Vaccination North-Western Provinces and Oudh 1878-1895 - 1878-1895
Year: 1878
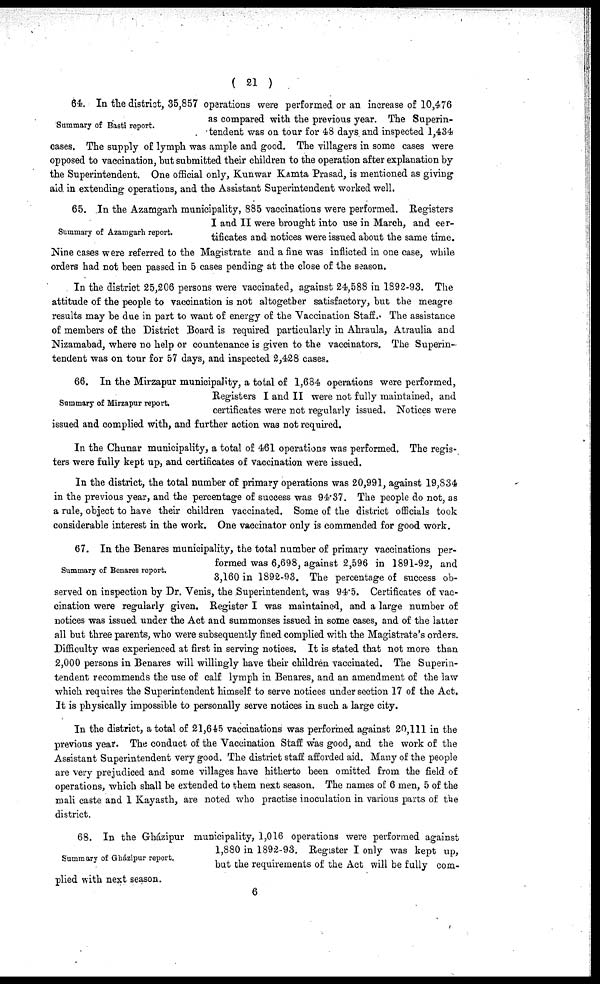
( 21 )
Summary of Basti report.
64. In the district, 35,857 operations were performed or an increase of 10,476
as compared with the previous year. The Superin-
tendent was on tour for 48 days and inspected 1,434
cases. The supply of lymph was ample and good. The villagers in some cases were
opposed to vaccination, but submitted their children to the operation after explanation by
the Superintendent. One official only, Kunwar Kamta Prasad, is mentioned as giving
aid in extending operations, and the Assistant Superintendent worked well.
Summary of Azamgarh report.
65. In the Azamgarh municipality, 885 vaccinations were performed. Registers
I and II were brought into use in March, and cer-
tificates and notices were issued about the same time.
Nine cases were referred to the Magistrate and a fine was inflicted in one case, while
orders had not been passed in 5 cases pending at the close of the season.
In the district 25,206 persons were vaccinated, against 24,588 in 1892-93. The
attitude of the people to vaccination is not altogether satisfactory, but the meagre
results may be due in part to want of energy of the Vaccination Staff. The assistance
of members of the District Board is required particularly in Ahraula, Atraulia and
Nizamabad, where no help or countenance is given to the vaccinators. The Superin-
tendent was on tour for 57 days, and inspected 2,428 cases.
Summary of Mirzapur report.
66. In the Mirzapur municipality, a total of 1,684 operations were performed,
Registers I and II were not fully maintained, and
certificates were not regularly issued. Notices were
issued and complied with, and further action was not required.
In the Chunar municipality, a total of 461 operations was performed. The regis-
ters were fully kept up, and certificates of vaccination were issued.
In the district, the total number of primary operations was 20,991, against 19,834
in the previous year, and the percentage of success was 94.37. The people do not, as
a rule, object to have their children vaccinated. Some of the district officials took
considerable interest in the work. One vaccinator only is commended for good work.
Summary of Benares report.
67. In the Benares municipality, the total number of primary vaccinations per-
formed was 6,698, against 2,596 in 1891-92, and
3,160 in 1892-93. The percentage of success ob-
served on inspection by Dr. Venis, the Superintendent, was 94.5. Certificates of vac-
cination were regularly given. Register I was maintained, and a large number of
notices was issued under the Act and summonses issued in some cases, and of the latter
all but three parents, who were subsequently fined complied with the Magistrate's orders.
Difficulty was experienced at first in serving notices. It is stated that not more than
2,000 persons in Benares will willingly have their children vaccinated. The Superin-
tendent recommends the use of calf lymph in Benares, and an amendment of the law
which requires the Superintendent himself to serve notices under section 17 of the Act.
It is physically impossible to personally serve notices in such a large city.
In the district, a total of 21,645 vaccinations was performed against 20,111 in the
previous year. The conduct of the Vaccination Staff was good, and the work of the
Assistant Superintendent very good. The district staff afforded aid. Many of the people
are very prejudiced and some villages have hitherto been omitted from the field of
operations, which shall be extended to them next season. The names of 6 men, 5 of the
mali caste and 1 Kayasth, are noted who practise inoculation in various parts of the
district.
Summary of Gházipur report.
68. In the Gházipur municipality, 1,016 operations were performed against
1,880 in 1892-93. Register I only was kept up,
but the requirements of the Act will be fully com-
plied with next season.
6